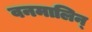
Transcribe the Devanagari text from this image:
वनमालिन्